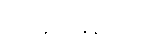
ရွှေဈေးနှုန်းများ